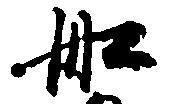
船